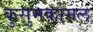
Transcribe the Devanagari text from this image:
कुसुमकोमल